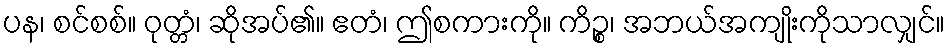
ပန၊ စင်စစ်။ ဝုတ္တံ၊ ဆိုအပ်၏။ ဧတံ၊ ဤစကားကို။ ကိဉ္စ၊ အဘယ်အကျိုးကိုသာလျှင်။